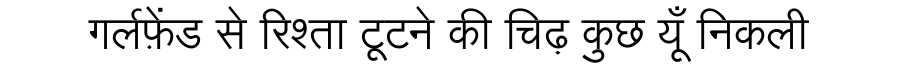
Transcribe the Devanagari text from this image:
गर्लफ़ेंड से रिश्ता टूटने की चिढ़ कुछ यूँ निकली